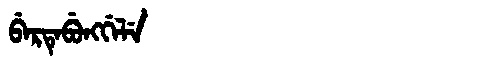
Manchu: ᠪᡝᡵᡨᡝᠪᡠᠩᡤᡝᠯᡝ
Romanization: BERTEBUNGGELE